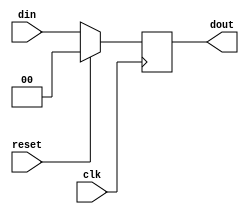
module pipe_ff (
	input clk, 
	input reset, 
	input [data_width-1:0] din,
	output reg [data_width-1:0] dout 
	);

	parameter data_width= 2;


	always @(posedge clk) begin
		if (reset)
			dout <= 0;
		else
			dout <=din;
	end
	
endmodule